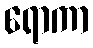
ရောကာ